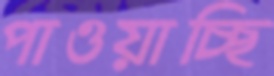
পাওয়াচ্ছি